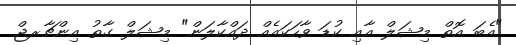
"އެބަ އޮތް މިޝަލް އާއި ކުޑަ ވާހަކައެއް ދައްކާލަން" މިޝަލް ގާތު އިންޗާރޖް